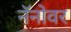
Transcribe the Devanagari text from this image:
नॅनोवर